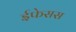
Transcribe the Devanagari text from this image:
ईफेसस